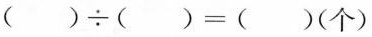
( )\div ( )=( )(个)